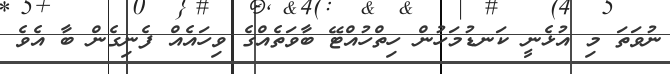
ނުވަތަ މި އުޅެނީ ކަނޑުމަހުން ހިތްހުއްޓޭ ބާވަތެއްގެ ވިހައެއް ފެނިގެން ބާ އެވެ